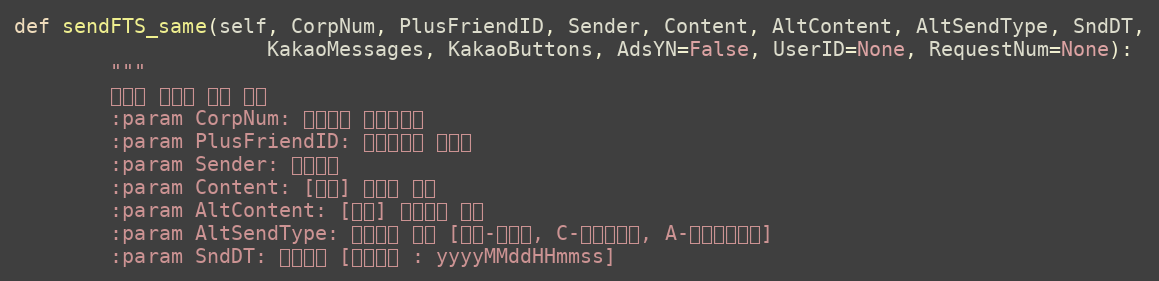
Language: Python
def sendFTS_same(self, CorpNum, PlusFriendID, Sender, Content, AltContent, AltSendType, SndDT,
                     KakaoMessages, KakaoButtons, AdsYN=False, UserID=None, RequestNum=None):
        """
        친구톡 텍스트 대량 전송
        :param CorpNum: 팝빌회원 사업자번호
        :param PlusFriendID: 플러스친구 아이디
        :param Sender: 발신번호
        :param Content: [동보] 친구톡 내용
        :param AltContent: [동보] 대체문자 내용
        :param AltSendType: 대체문자 유형 [공백-미전송, C-알림톡내용, A-대체문자내용]
        :param SndDT: 예약일시 [작성형식 : yyyyMMddHHmmss]